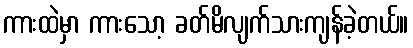
ကားထဲမှာ ကားသော့ ခတ်မိလျက်သားကျန်ခဲ့တယ်။